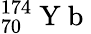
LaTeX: _{70}^{174}\mathrm{~Y~b~}